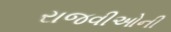
રાજવીઓની